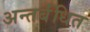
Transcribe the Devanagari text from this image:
अन्तर्बंधित